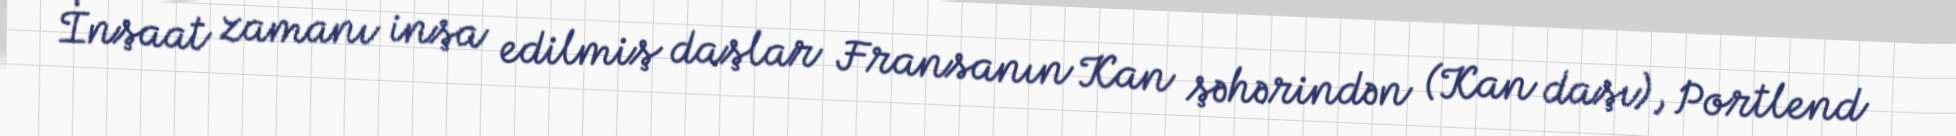
İnşaat zamanı inşa edilmiş daşlar Fransanın Kan şəhərindən (Kan daşı), Portlend